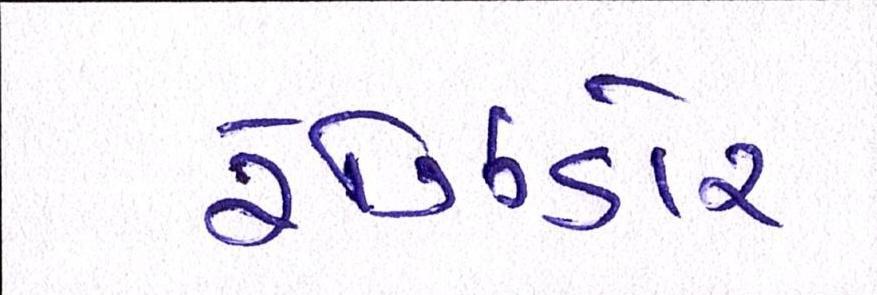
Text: રેઝિડોર